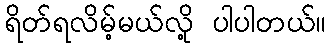
ရိတ်ရလိမ့်မယ်လို့ ပါပါတယ်။